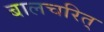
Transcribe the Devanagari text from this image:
बालचरित्